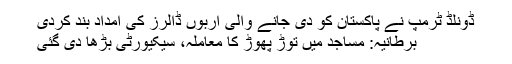
ڈونلڈ ٹرمپ نے پاکستان کو دی جانے والی اربوں ڈالرز کی امداد بند کردی
برطانیہ: مساجد میں توڑ پھوڑ کا معاملہ، سیکیورٹی بڑھا دی گئی